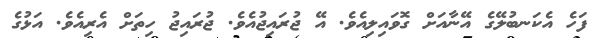
ފަހެ އެކަނބުލޭގެ އޭނާއަށް ގޮވައިލިއެވެ. އޭ ޖުރައިޖުއެވެ. ޖުރައިޖު ހިތަށް އެރިއެވެ. އަޅުގެ